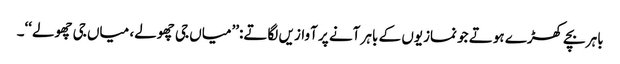
باہر بچے کھڑے ہوتے جو نمازیوں کے باہر آنے پر آوازیں لگاتے:’’میاں جی چھولے، میاں جی چھولے‘‘۔